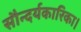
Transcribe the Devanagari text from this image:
सौन्दर्यकारिका।